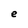
Character: e